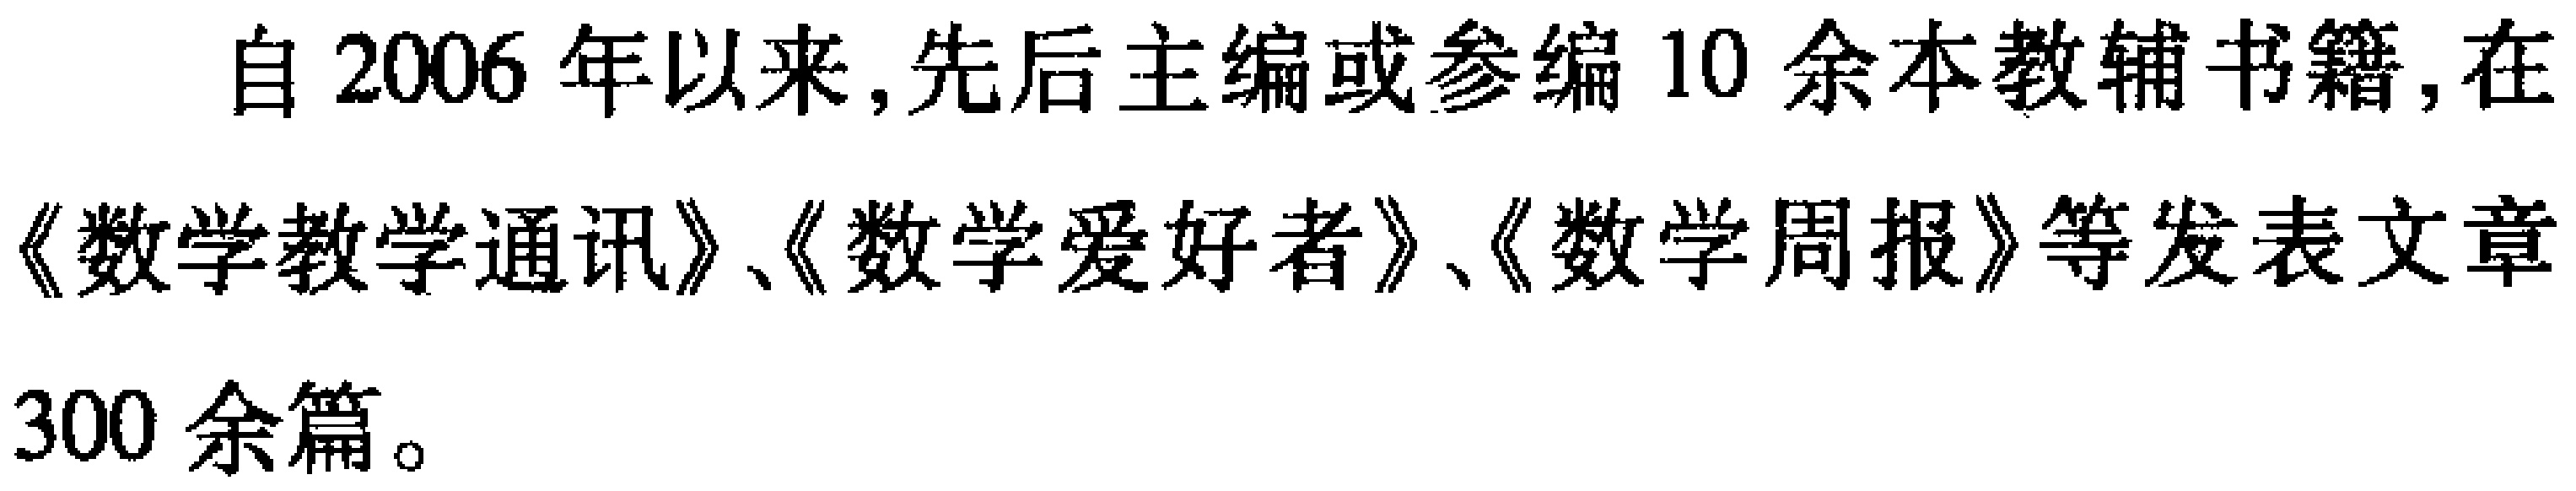
自2006年以来,先后主编或参编10余本教辅书籍,在《数学教学通讯》、《数学爱好者》、《数学周报》等发表文章300余篇。